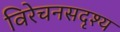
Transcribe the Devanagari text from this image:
विरेचनसदृश्य